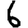
Digit: 6